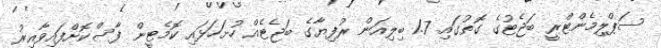
ސަޕްލިމެންޓްރީ ބަޖެޓުގެ ގޮތުގައި 1.7 ބިލިއަން ރުފިޔާގެ ބަޖެޓެއް ހުށަހަޅައި ކޮމެޓީން ފާސްކޮށްފައިވާއިރު